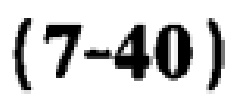
\((7 - 40)\)